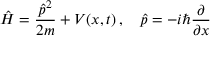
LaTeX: { \hat { H } } = { \frac { { \hat { p } } ^ { 2 } } { 2 m } } + V ( x , t ) \, , \quad { \hat { p } } = - i \hbar { \frac { \partial } { \partial x } }